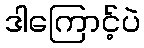
ဒါကြောင့်ပဲ